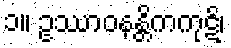
၁။ ဥဿာဝနန္တိကကုဋိ၊